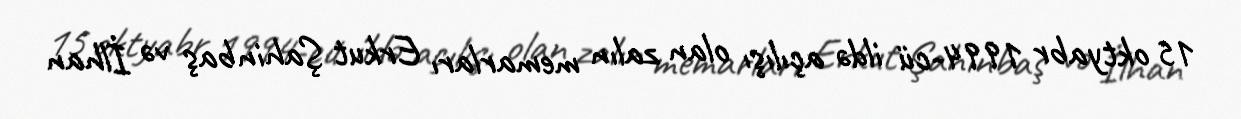
15 oktyabr 1994-cü ildə açılışı olan zalın memarları Erkut Şahinbaş və İlhan